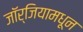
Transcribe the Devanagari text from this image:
जॉर्जियामधून